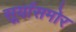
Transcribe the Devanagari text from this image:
सूर्यासमोर